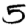
Digit: 5